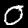
Digit: 0